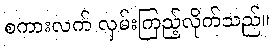
စကားလက် လှမ်းကြည့်လိုက်သည်။